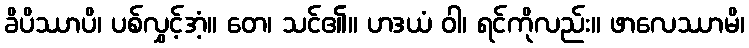
ခိပိဿာပိ၊ ပစ်လွှင့်အံ့။ တေ၊ သင်၏။ ဟဒယံ ဝါ၊ ရင်ကိုလည်း။ ဖာလေဿာမိ၊